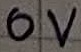
Text: 0V